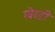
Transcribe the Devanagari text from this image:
खेरडी